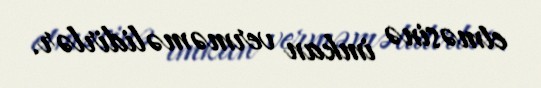
etməsinə imkan verməməlidirlər.